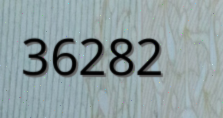
36282